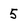
Character: 5